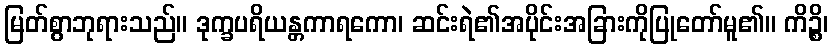
မြတ်စွာဘုရားသည်။ ဒုက္ခပရိယန္တကာရကော၊ ဆင်းရဲ၏အပိုင်းအခြားကိုပြုတော်မူ၏။ ကိဉ္စိ၊